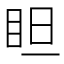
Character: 𥅃